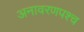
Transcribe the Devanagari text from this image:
अनावरणपश्च